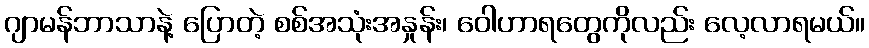
ဂျာမန်ဘာသာနဲ့ ပြောတဲ့ စစ်အသုံးအနှုန်း၊ ဝေါဟာရတွေကိုလည်း လေ့လာရမယ်။